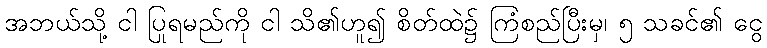
အဘယ်သို့ ငါ ပြုရမည်ကို ငါ သိ၏ဟူ၍ စိတ်ထဲ၌ ကြံစည်ပြီးမှ၊ ၅ သခင်၏ ငွေ